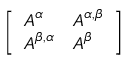
\left[ \begin{array} { l l } { \boldsymbol { A } ^ { \alpha } } & { \boldsymbol { A } ^ { \alpha , \beta } } \\ { \boldsymbol { A } ^ { \beta , \alpha } } & { \boldsymbol { A } ^ { \beta } } \end{array} \right]